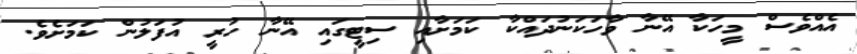
އެއްވެސް މީހަކާ އޭނާ ވާހަކަނުދައްކާ ކަމަށާއި ސިޓީގައި އޭނާ ހުރީ އުފަލުން ކަމަށެވެ.